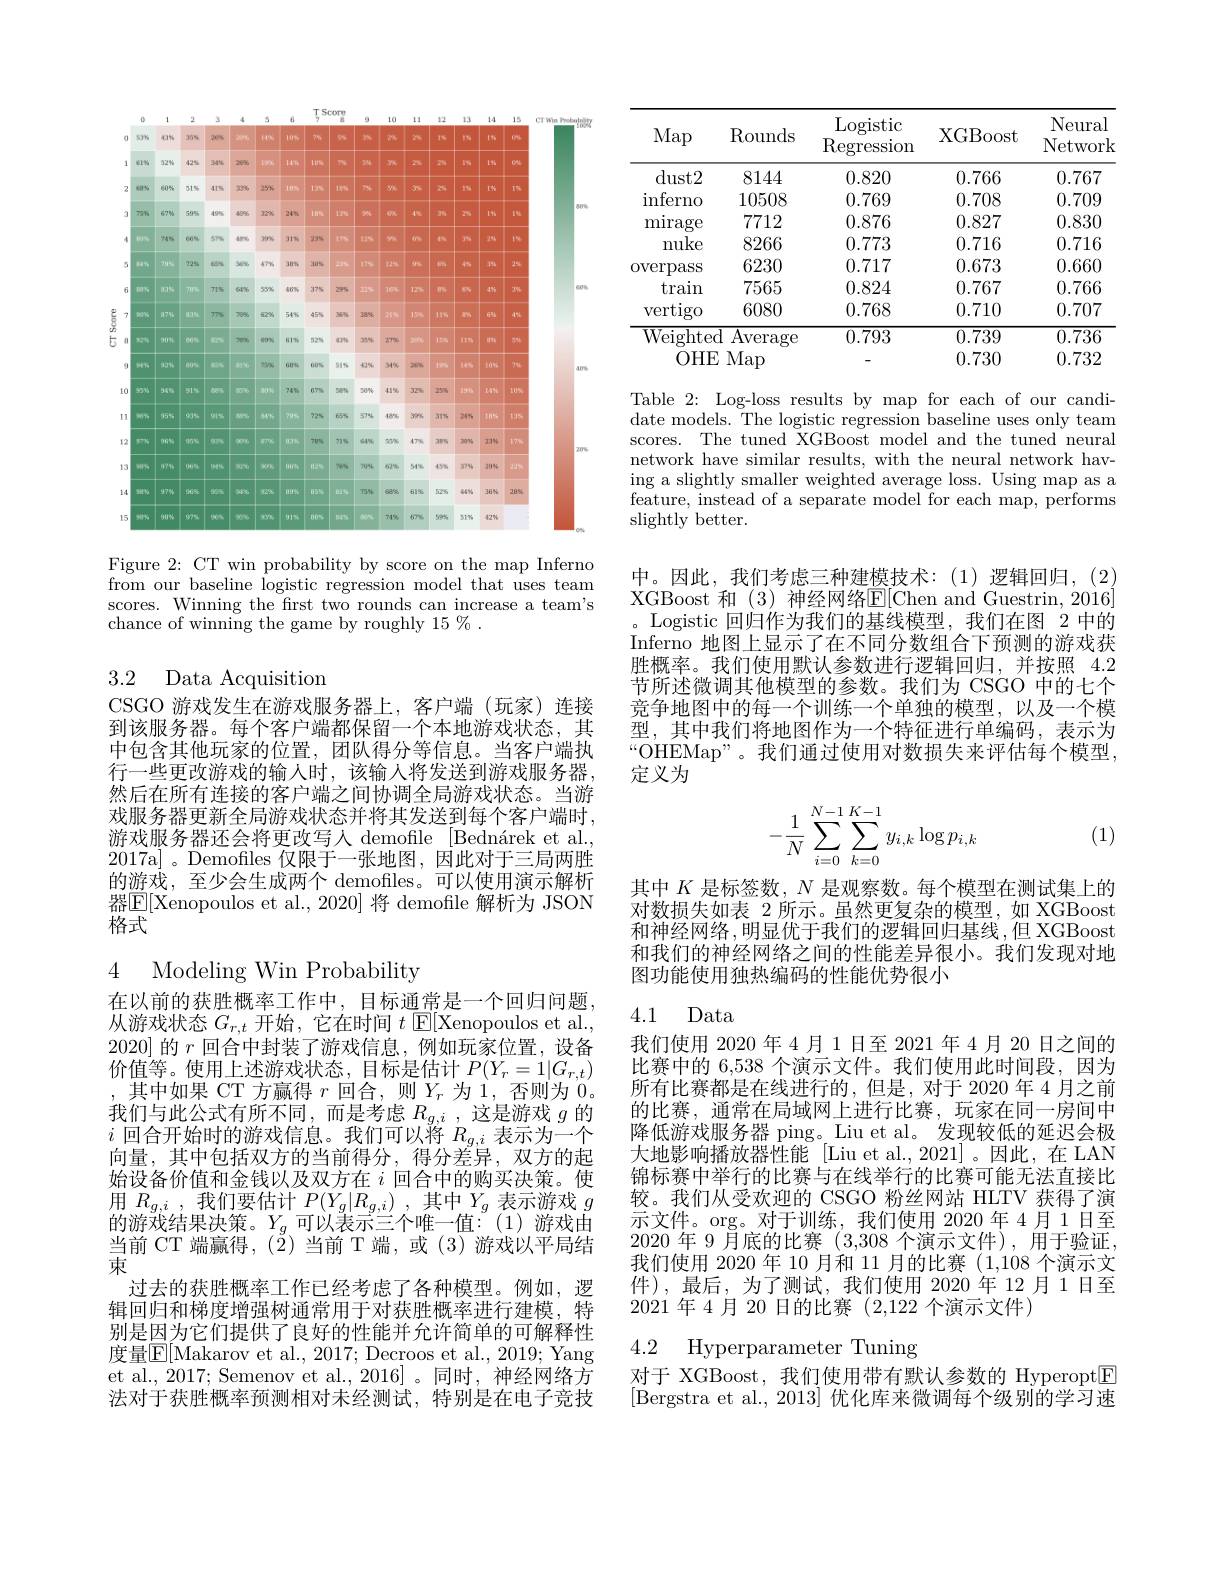
<FigureHere>

Figure 2: CT win probability by score on the map Inferno from our baseline logistic regression model that uses team scores. Winning the frst two rounds can increase a team's chance of winning the game by roughly 15 % .

3.2 Data Acquisition

CSGO 游戏发生在游戏服务器上，客户端(玩家)连接到该服务器。每个客户端都保留一个本地游戏状态，其中包含其他玩家的位置，团队得分等信息。当客户端执行一些更改游戏的输人时，该输入将发送到游戏服务器， 然后在所有连接的客户端之间协调全局游戏状态。当游戏服务器更新全局游戏状态并将其发送到每个客户端时， 游戏服务器还会将更改写人 demofle [Bednárek et al., 2017a] 。Demofiles 仅限于一张地图，因此对于三局两胜的游戏，至少会生成两个 demofiles。可以使用演示解析器$\underline{\mathrm{E}}[$Xenopoulos et al., 2020] 将 demofile 解析为 JSON 格式

4 Modeling Win Probability

在以前的获胜概率工作中，目标通常是一个回归问题从游戏状态$G_r,t$开始，它在时间$t$ $\mathsf{E}[$Xenopoulos et al., 2020] 的$r$回合中封装了游戏信息，例如玩家位置，设备价值等。使用上述游戏状态，目标是估计$P(Y_r=1|G_{r,t})$ ,其中如果 CT 方赢得 $r$ 回合，则$Y_r$ 为 1,否则为 0. 我们与此公式有所不同，而是考虑$R_g,i$ ,这是游戏$g$的$i$回合开始时的游戏信息。我们可以将$R_g,i$表示为一个向量，其中包括双方的当前得分，得分差异，双方的起始设备价值和金钱以及双方在$i$回合中的购买决策。使用$R_{g, i}$ ,我们要估计$P( Y_g| R_{g, i})$ ,其中$Y_g$表示游戏$g$ 的游戏结果决策。$Y_g$可以表示三个唯一值：(1)游戏由当前 CT 端赢得，(2) 当前 T 端，或 (3)游戏以平局结束
过去的获胜概率工作已经考虑了各种模型。例如，逻辑回归和梯度增强树通常用于对获胜概率进行建模，特别是因为它们提供了良好的性能并允许简单的可解释性度量$\overline{\mathbb{E}}[$Makarov et al., 2017; Decroos et al., 2019; Yang et al., 2017; Semenov et al., 2016]。同时，神经网络方法对于获胜概率预测相对未经测试，特别是在电子竞技

<table>
	<tbody>
		<tr>
			<th>Map</th>
			<th>Rounds</th>
			<th>Logistic $\operatorname{Regression}$</th>
			<th>XGBoost</th>
			<th>Neural Network</th>
		</tr>
		<tr>
			<td>$dust2$</td>
			<td>8144</td>
			<td>0.820</td>
			<td>0.766</td>
			<td>0.767</td>
		</tr>
		<tr>
			<td>$\operatorname{inferno}$</td>
			<td>10508</td>
			<td>0.769</td>
			<td>0.708</td>
			<td>0.709</td>
		</tr>
		<tr>
			<td>mirage</td>
			<td>7712</td>
			<td>0.876</td>
			<td>0.827</td>
			<td>0.830</td>
		</tr>
		<tr>
			<td>nuke</td>
			<td>8266</td>
			<td>0.773</td>
			<td>0.716</td>
			<td>0.716</td>
		</tr>
		<tr>
			<td>OVerpass</td>
			<td>6230</td>
			<td>0.717</td>
			<td>0.673</td>
			<td>0.660</td>
		</tr>
		<tr>
			<td>train</td>
			<td>7565</td>
			<td>0.824</td>
			<td>0.767</td>
			<td>0.766</td>
		</tr>
		<tr>
			<td>vertigo</td>
			<td>6080</td>
			<td>0.768</td>
			<td>0.710</td>
			<td>0.707</td>
		</tr>
		<tr>
			<td>$\overline{{\mathrm{Weightee}}}$</td>
			<td>$\overline{\mathrm{d}}$Average </td>
			<td>0.793</td>
			<td>0.739</td>
			<td>0.736</td>
		</tr>
		<tr>
			<td>$OHE$</td>
			<td>$\Sigma Map$</td>
			<td> </td>
			<td>0.730</td>
			<td>0.732</td>
		</tr>
	</tbody>
</table>

Table 2: Log-loss results by map for each of our candidate models. The logistic regression baseline uses only team scores. The tuned XGBoost model and the tuned neural network have similar results, with the neural network having a slightly smaller weighted average loss. Using map as a feature, instead of a separate model for each map, performs slightly better.

中。因此，我们考虑三种建模技术：(1)逻辑回归，(2) XGBoost 和 (3) 神经网络E[ Chen and Guestrin, 2016] 。Logistic 回归作为我们的基线模型，我们在图 2 中的Inferno 地图上显示了在不同分数组合下预测的游戏获胜概率。我们使用默认参数进行逻辑回归，并按照 4.2节所述微调其他模型的参数。我们为 CSGO 中的七个竞争地图中的每一个训练一个单独的模型，以及一个模型，其中我们将地图作为一个特征进行单编码，表示为“OHEMap”。我们通过使用对数损失来评估每个模型， 定义为
$$\begin{aligned}-\frac{1}{N}\sum_{i=0}^{N-1}\sum_{k=0}^{K-1}y_{i,k}\log p_{i,k}\end{aligned}$$
(1)

其中$K$是标签数，$N$是观察数。每个模型在测试集上的对数损失如表 2 所示。虽然更复杂的模型，如 XGBoost 和神经网络，明显优于我们的逻辑回归基线，但 XGBoost 和我们的神经网络之间的性能差异很小。我们发现对地图功能使用独热编码的性能优势很小

## 4.1 Data

我们使用 2020 年 4月 1日至 2021 年 4 月 20 日之间的比赛中的 6,538 个演示文件。我们使用此时间段，因为所有比赛都是在线进行的，但是，对于 2020 年 4 月之前的比赛，通常在局域网上进行比赛，玩家在同一房间中降低游戏服务器 ping。Liu et al。发现较低的延迟会极大地影响播放器性能 [Liu et al.,2021]。因此，在 LAN 锦标赛中举行的比赛与在线举行的比赛可能无法直接比较。我们从受欢迎的 CSGO 粉丝网站 HLTV 获得了演示文件。org。对于训练，我们使用 2020 年 4 月 1日至2020 年 9 月底的比赛(3,308个演示文件),用于验证我们使用 2020 年 10 月和 11 月的比赛 (1,108 个演示文件),最后，为了测试，我们使用 2020 年 12 月 1日至2021 年 4 月 20 日的比赛 (2,122 个演示文件)

4.2 Hyperparameter Tuning

对于 XGBoost, 我们使用带有默认参数的 Hyperopt$\boxed{\mathrm{E}}$ [Bergstra et al., 2013] 优化库来微调每个级别的学习速